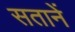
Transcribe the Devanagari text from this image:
सतानें